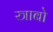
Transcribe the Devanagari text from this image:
स्त्राबो